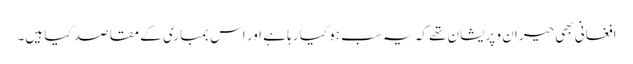
افغانی بھی حیران و پریشان تھے کہ یہ سب ہو کیا رہا ہے اور اس بمباری کے مقاصد کیا ہیں۔